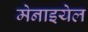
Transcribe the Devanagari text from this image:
मेनाइयेल